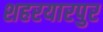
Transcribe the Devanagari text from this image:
शहरयारपुर